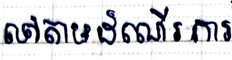
ទៅតាមដំណើរការ